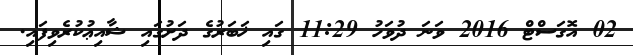
02 އޮގަސްޓް 2016 ވަނަ ދުވަހު 11:29 ގައި ޚަބަރުގެ ދަށުގައި ޝާއިޢުކުރެވިފައި.